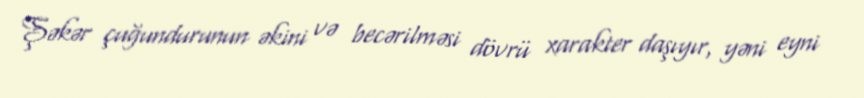
Şəkər çuğundurunun əkini və becərilməsi dövrü xarakter daşıyır, yəni eyni